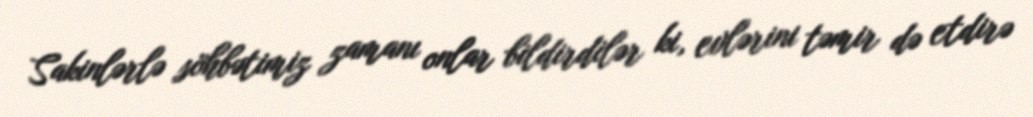
Sakinlərlə söhbətimiz zamanı onlar bildirdilər ki, evlərini təmir də etdirə